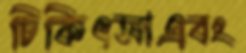
চিকিৎসাএবং